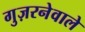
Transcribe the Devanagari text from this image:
गुज़रनेवाले